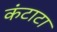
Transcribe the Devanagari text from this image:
कंटाटा